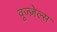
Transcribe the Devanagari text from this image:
वूज्ज़ेल्स